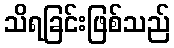
သိရခြင်းဖြစ်သည်